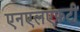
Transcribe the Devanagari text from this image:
एनएलएफटी